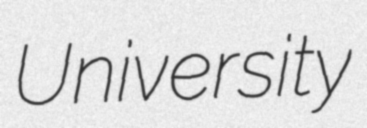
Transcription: University